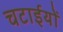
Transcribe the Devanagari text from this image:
चटाईयों